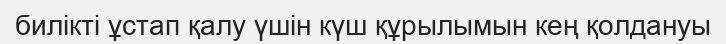
билікті ұстап қалу үшін күш құрылымын кең қолдануы